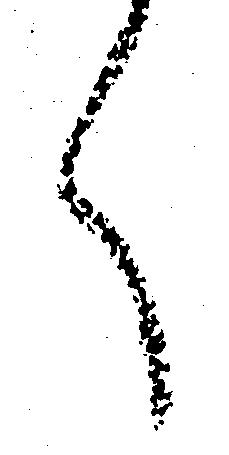
く